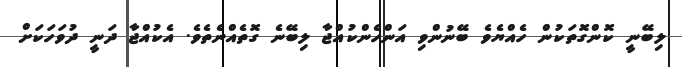
ލިބޭނީ ކޮންގޮތަކުން ހެއްޔެވެ ބޭނުންވި އަންހެންކުއްޖާ ލިބޭނެ ގޮތެއްނެތެވެ. އެކުއްޖާ ދަނީ ދުވަހަކަށް